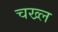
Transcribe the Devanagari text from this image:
चख्ल